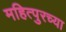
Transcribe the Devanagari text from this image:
महित्पुरच्या